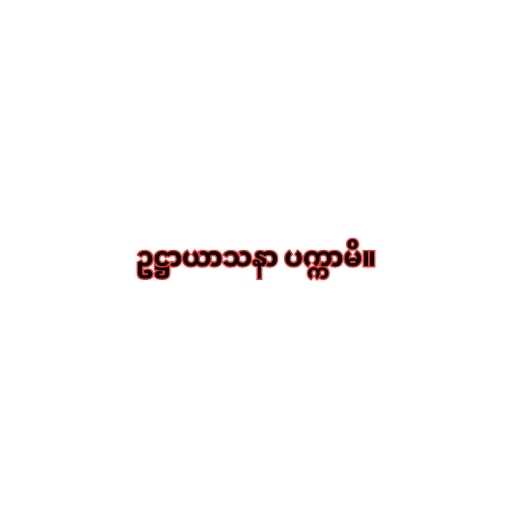
ဥဋ္ဌာယာသနာ ပက္ကာမိ။